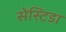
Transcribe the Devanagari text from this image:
सेस्टिडा